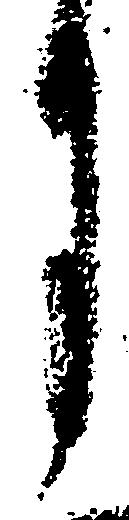
月